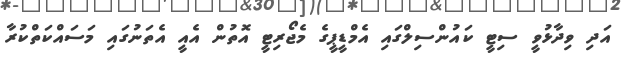
އަދި ވިދާޅުވީ ސިޓީ ކައުންސިލްގައި އެމްޑީޕީގެ މެޖޯރިޓީ އޮތުން އެއީ އެތަނުގައި މަސައްކަތްކުރާ